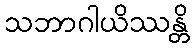
သဘာဂါယိဿန္တိ